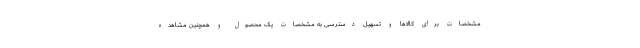
مشخصات برای کالاها و تسهیل دسترسی به مشخصات یک محصول و همچنین مشاهده